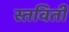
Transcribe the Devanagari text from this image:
स्तविती